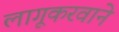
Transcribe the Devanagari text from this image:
लागूकरवाने